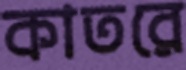
কাতরে